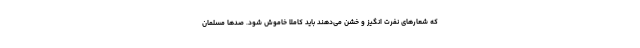
که شعارهای نفرت انگیز و خشن می‌دهند باید کاملا خاموش شود. صدها مسلمان